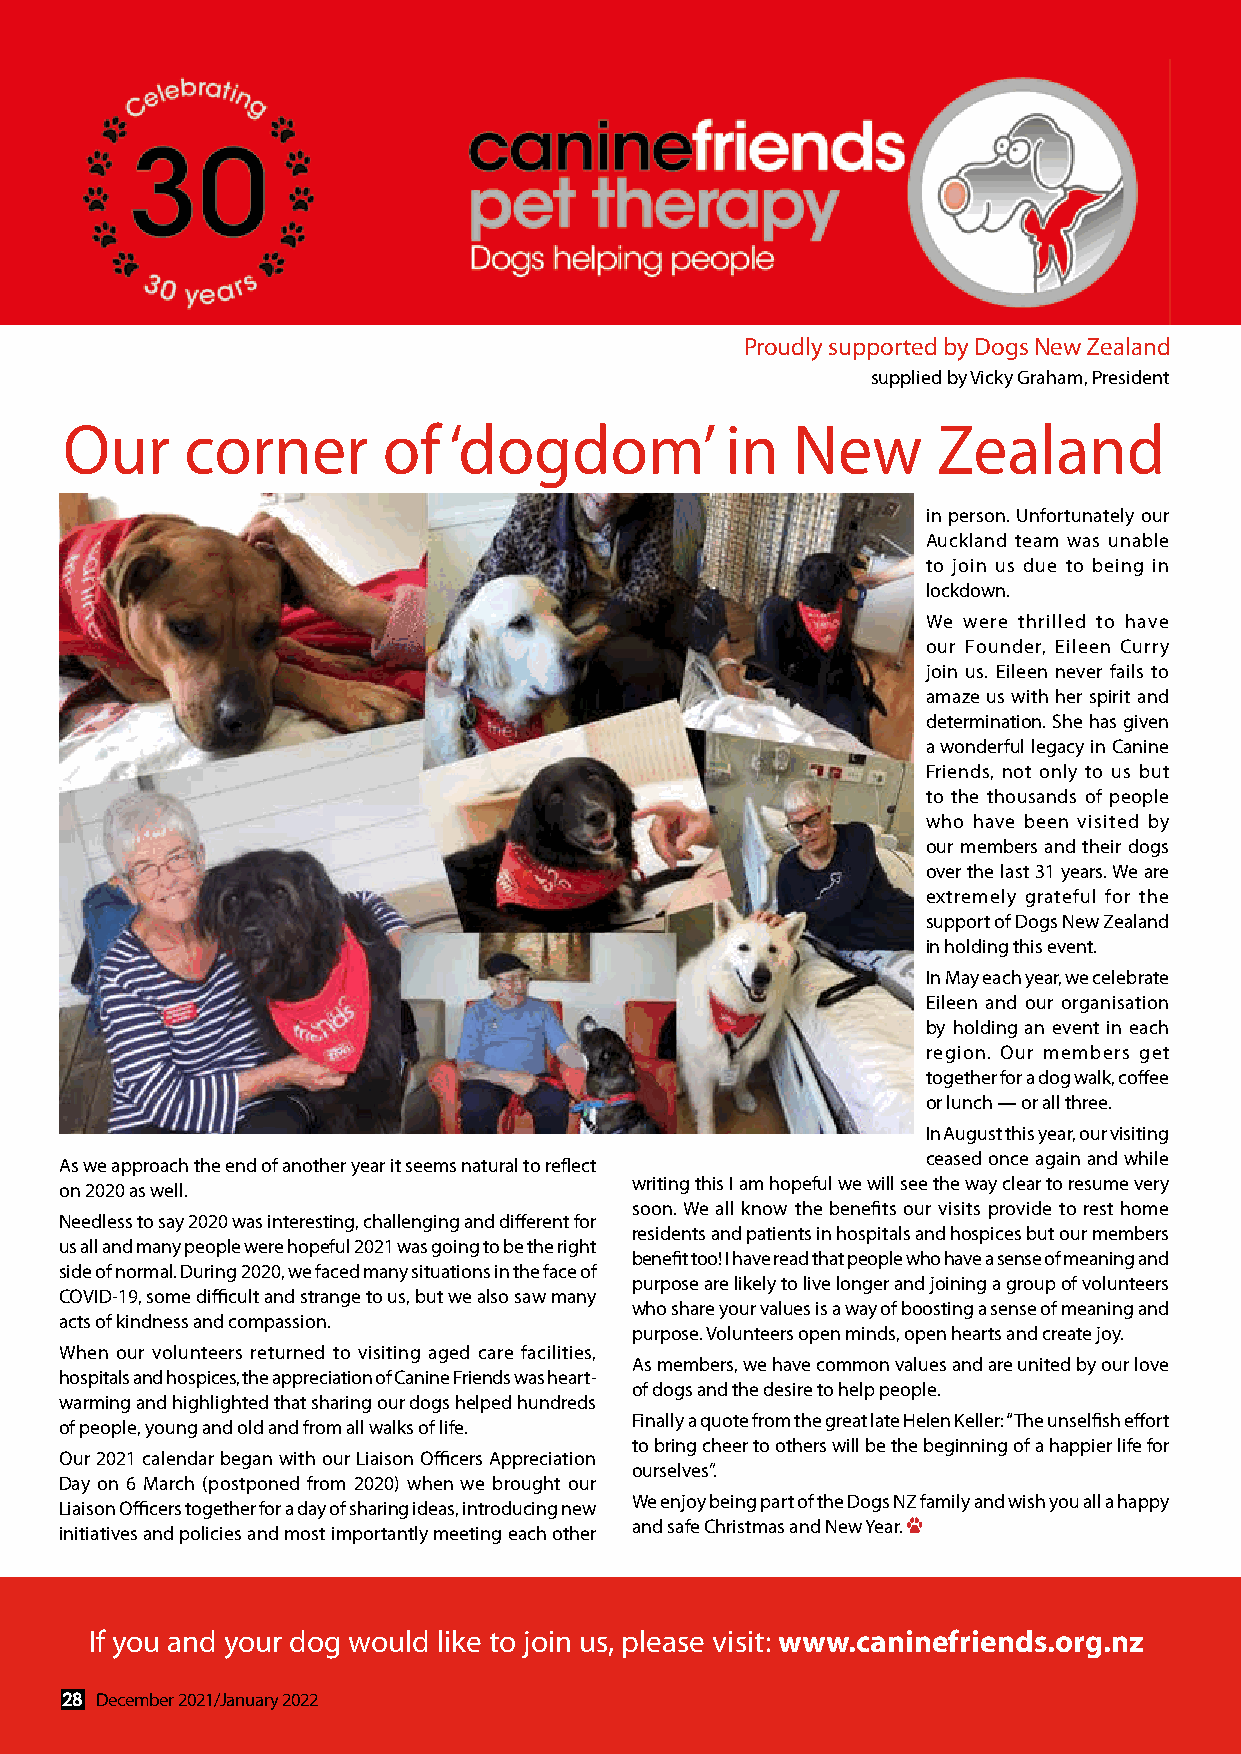
Proudly supported by Dogs New Zealand
 supplied by Vicky Graham, President
 Our     corner       of   ‘dogdom’          in  New       Zealand
 in person. Unfortunately our
 Auckland team was unable
 to join us due to being in
 lockdown.
 We were thrilled to have
 our Founder, Eileen Curry
 join us. Eileen never fails to
 amaze us with her spirit and
 determination. She has given
 a wonderful legacy in Canine
 Friends, not only to us but
 to the thousands of people
 who have been visited by
 our members and their dogs
 over the last 31 years. We are
 extremely grateful for the
 support of Dogs New Zealand
 in holding this event.
 In May each year, we celebrate
 Eileen and our organisation
 by holding an event in each
 region. Our members get
 together for a dog walk, coffee
 or lunch — or all three.
 In August this year, our visiting
 ceased once again and while
 As we approach the end of another year it seems natural to reflect
 writing this I am hopeful we will see the way clear to resume very
 on 2020 as well.
 soon. We all know the benefits our visits provide to rest home
 Needless to say 2020 was interesting, challenging and different for
 residents and patients in hospitals and hospices but our members
 us all and many people were hopeful 2021 was going to be the right
 benefit too! I have read that people who have a sense of meaning and
 side of normal. During 2020, we faced many situations in the face of
 purpose are likely to live longer and joining a group of volunteers
 COVID-19, some difficult and strange to us, but we also saw many
 who share your values is a way of boosting a sense of meaning and
 acts of kindness and compassion.
 purpose. Volunteers open minds, open hearts and create joy.
 When our volunteers returned to visiting aged care facilities,
 As members, we have common values and are united by our love
 hospitals and hospices, the appreciation of Canine Friends was heart-
 of dogs and the desire to help people.
 warming and highlighted that sharing our dogs helped hundreds
 Finally a quote from the great late Helen Keller: “The unselfish effort
 of people, young and old and from all walks of life.
 to bring cheer to others will be the beginning of a happier life for
 Our 2021 calendar began with our Liaison Officers Appreciation
 ourselves”.
 Day on 6 March (postponed from 2020) when we brought our
 We enjoy being part of the Dogs NZ family and wish you all a happy
 Liaison Officers together for a day of sharing ideas, introducing new
 and safe Christmas and New Year. U
 initiatives and policies and most importantly meeting each other
 If you and your dog would like to join us, please visit: www.caninefriends.org.nz
 28 December 2021/January 2022                                                                                                              December 2021/January 2022 29